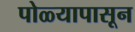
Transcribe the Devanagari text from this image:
पोळ्यापासून